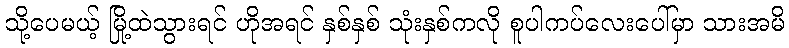
သို့ပေမယ့် မြို့ထဲသွားရင် ဟိုအရင် နှစ်နှစ် သုံးနှစ်ကလို စူပါကပ်လေးပေါ်မှာ သားအမိ